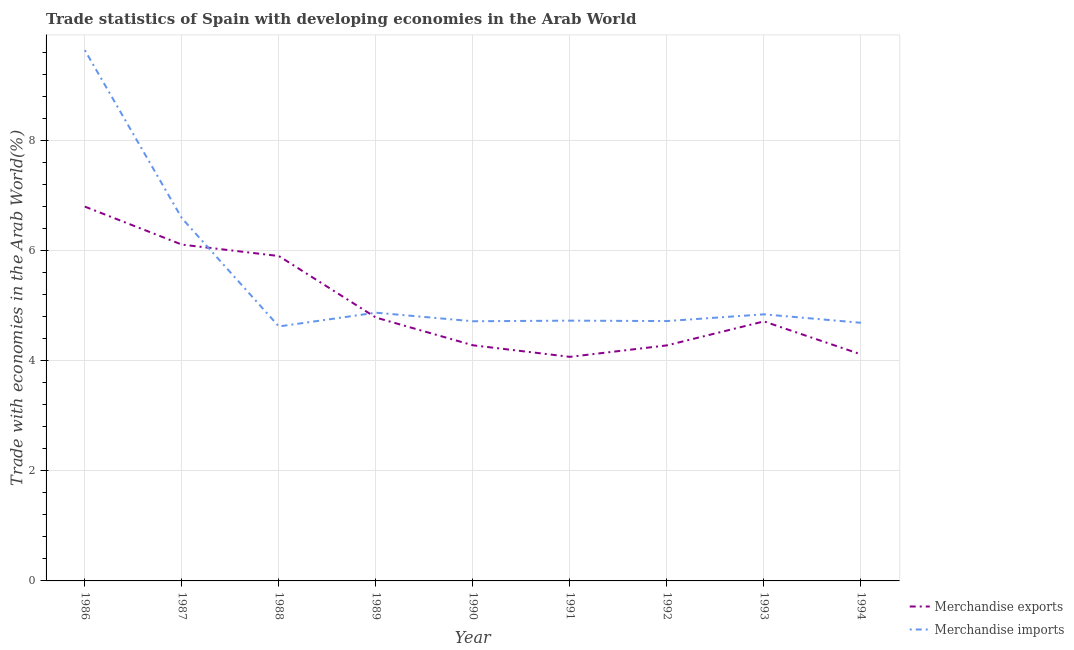
| Year | Merchandise exports | Merchandise imports |
 | --- | --- | --- |
 | 1986 | 6.8 | 9.64 |
 | 1987 | 6.11 | 6.59 |
 | 1988 | 5.9 | 4.62 |
 | 1989 | 4.78 | 4.87 |
 | 1990 | 4.28 | 4.72 |
 | 1991 | 4.07 | 4.73 |
 | 1992 | 4.28 | 4.72 |
 | 1993 | 4.71 | 4.84 |
 | 1994 | 4.11 | 4.69 |